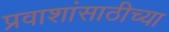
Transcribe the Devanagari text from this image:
प्रवाशांसाठीच्या